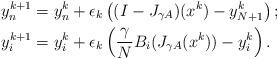
LaTeX: \begin{align*}& y_{n}^{k+1} = y_{n}^k + \epsilon_k\left((I-J_{\gamma A})(x^k) - y_{N+1}^k\right); \\ & y_{i}^{k+1} = y_{i}^k + \epsilon_k \left(\frac{\gamma}{N}B_{i}( J_{\gamma A}(x^k)) - y_{i}^k\right).\end{align*}